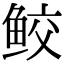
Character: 鲛